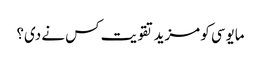
مایوسی کو مزید تقویت کس نے دی؟